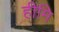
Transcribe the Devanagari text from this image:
हीमि